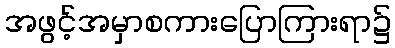
အဖွင့်အမှာစကားပြောကြားရာ၌